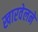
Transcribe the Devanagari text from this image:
खारवेलने